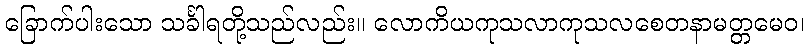
ခြောက်ပါးသော သင်္ခါရတို့သည်လည်း။ လောကိယကုသလာကုသလစေတနာမတ္တမေဝ၊